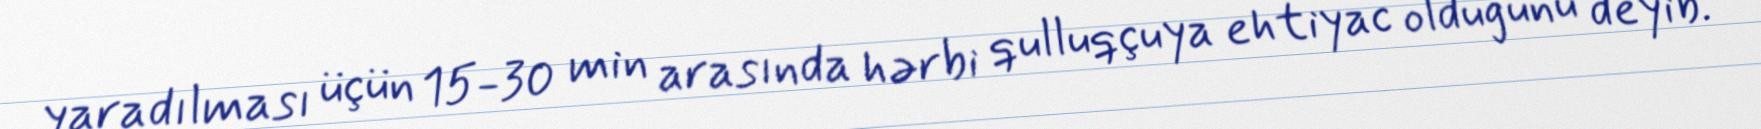
yaradılması üçün 15-30 min arasında hərbi qulluqçuya ehtiyac olduğunu deyib.